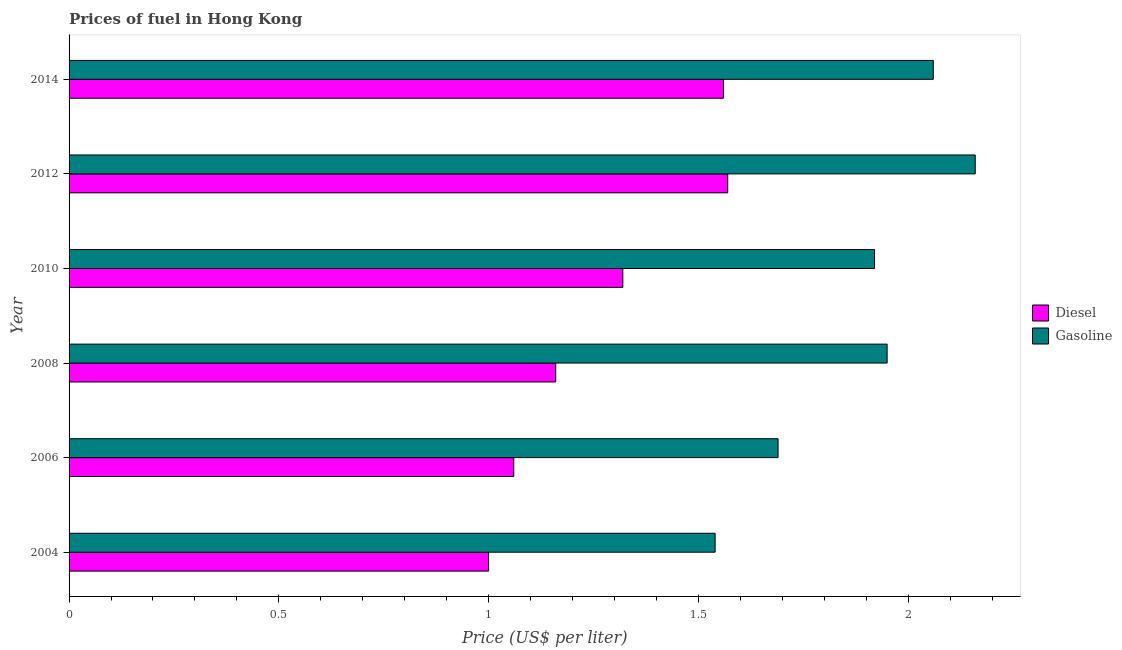
| Year | Diesel | Gasoline |
 | --- | --- | --- |
 | 2004 | 1 | 1.54 |
 | 2006 | 1.06 | 1.69 |
 | 2008 | 1.16 | 1.95 |
 | 2010 | 1.32 | 1.92 |
 | 2012 | 1.57 | 2.16 |
 | 2014 | 1.56 | 2.06 |